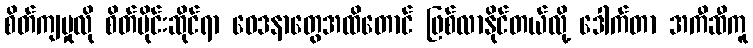
စိတ်ကျမှုလို စိတ်ပိုင်းဆိုင်ရာ ဝေဒနာတွေအထိတောင် ဖြစ်လာနိုင်တယ်လို့ ဒေါက်တာ အကီဆီကူ